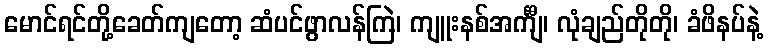
မောင်ရင်တို့ခေတ်ကျတော့ ဆံပင်ဖွာလန်ကြဲ၊ ကျူးနစ်အင်္ကျီ၊ လုံချည်တိုတို၊ ခံဖိနပ်နဲ့